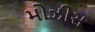
મોઝીસ